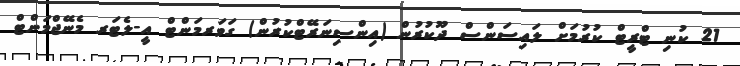
21 ކުނި ޓްރީޓް ކުރުމަށް ލައިސަންސް ދޫކުރުން (އިންސިނަރޭޓްކުރުން) ގަވަރމަންޓް އީ-ލެޓަރ މެނޭޖްމަންޓް